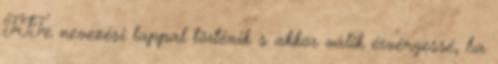
FIFe nevezési lappal történik s akkor válik érvényessé, ha